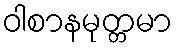
ဝါစာနမုတ္တမာ